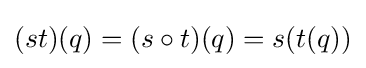
(st)(q)=(s\circ t)(q)=s(t(q))